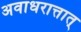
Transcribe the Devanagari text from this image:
अवाधरात्तात्